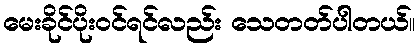
မေးခိုင်ပိုးဝင်ရင်လည်း သေတတ်ပါတယ်။